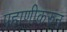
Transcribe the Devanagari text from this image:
पहाणीकरुन